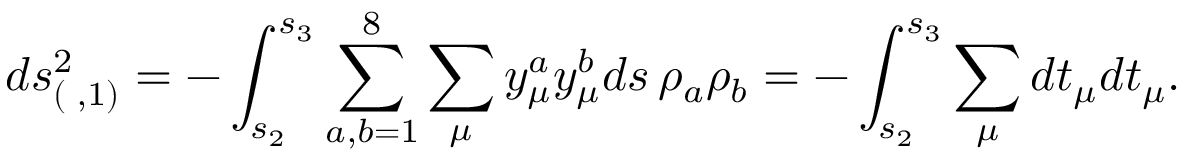
d s _ { ( \; , 1 ) } ^ { 2 } = - \int _ { s _ { 2 } } ^ { s _ { 3 } } \sum _ { a , b = 1 } ^ { 8 } \sum _ { \mu } { y } _ { \mu } ^ { a } { y } _ { \mu } ^ { b } d s \, \rho _ { a } \rho _ { b } = - \int _ { s _ { 2 } } ^ { s _ { 3 } } \sum _ { \mu } d { t } _ { \mu } d { t } _ { \mu } .